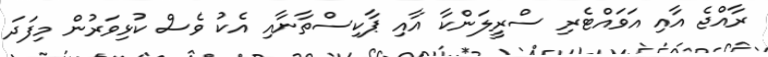
ރާއްޖެ އާއި އަވައްޓެރި ސްރީލަންކާ އާއި ޕާކިސްތާނާއި އެކު ވެސް ކުޅިވަރުން މިފަދަ